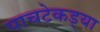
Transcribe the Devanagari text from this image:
पाचटेकड्या